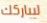
ليباركك